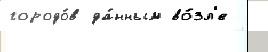
городо́в да́нным во́зл'е